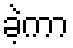
ခဲ့ကာ